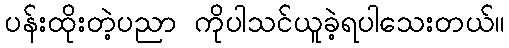
ပန်းထိုးတဲ့ပညာ ကိုပါသင်ယူခဲ့ရပါသေးတယ်။